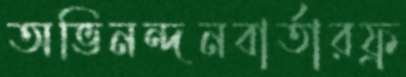
অভিনন্দনবার্তারফ্র